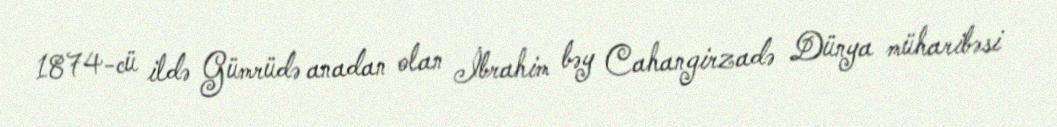
1874-cü ildə Gümrüdə anadan olan İbrahim bəy Cahangirzadə Dünya müharibəsi